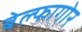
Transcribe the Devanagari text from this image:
बेल्फागोर